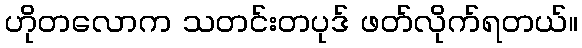
ဟိုတလောက သတင်းတပုဒ် ဖတ်လိုက်ရတယ်။